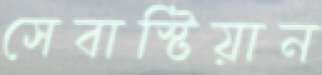
সেবাস্টিয়ান